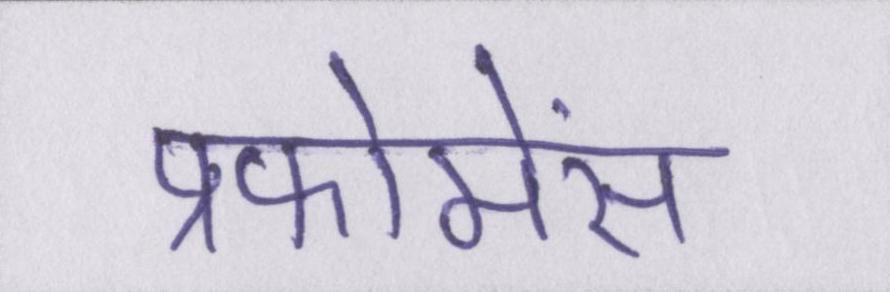
प्रफोमेंस